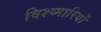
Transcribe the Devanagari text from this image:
विश्व्मारियों